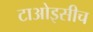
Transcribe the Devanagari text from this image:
टाओइसीच